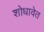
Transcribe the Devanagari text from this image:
शोधावेत